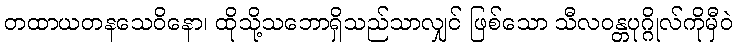
တထာယတနသေဝိနော၊ ထိုသို့သဘောရှိသည်သာလျှင် ဖြစ်သော သီလဝန္တပုဂ္ဂိုလ်ကိုမှီဝဲ